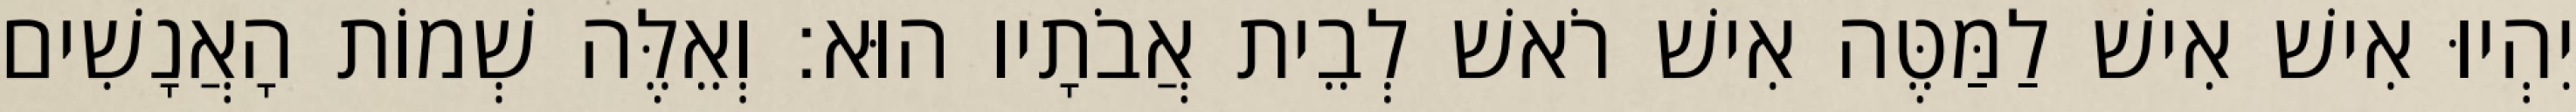
יִהְיוּ אִישׁ אִישׁ לַמַּטֶּה אִישׁ רֹאשׁ לְבֵית אֲבֹתָיו הוּא׃ וְאֵלֶּה שְׁמוֹת הָאֲנָשִׁים